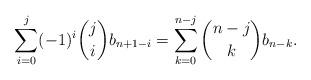
LaTeX: \begin{align*}\sum_{i=0}^j (-1)^i\binom{j}{i}b_{n+1-i}=\sum_{k=0}^{n-j}\binom{n-j}{k}b_{n-k}.\end{align*}